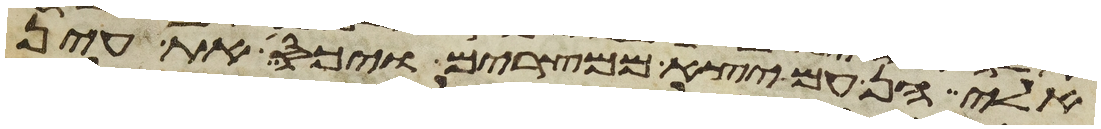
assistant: אלי הן עם יצא ממצרים ויכס את עין